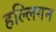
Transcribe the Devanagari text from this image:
हल्लिगन